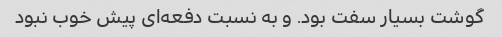
گوشت بسیار سفت بود. و به نسبت دفعه‌ای پیش خوب نبود